Vaccination in Bombay 1913-1923 - 1913-1923
Year: 1913
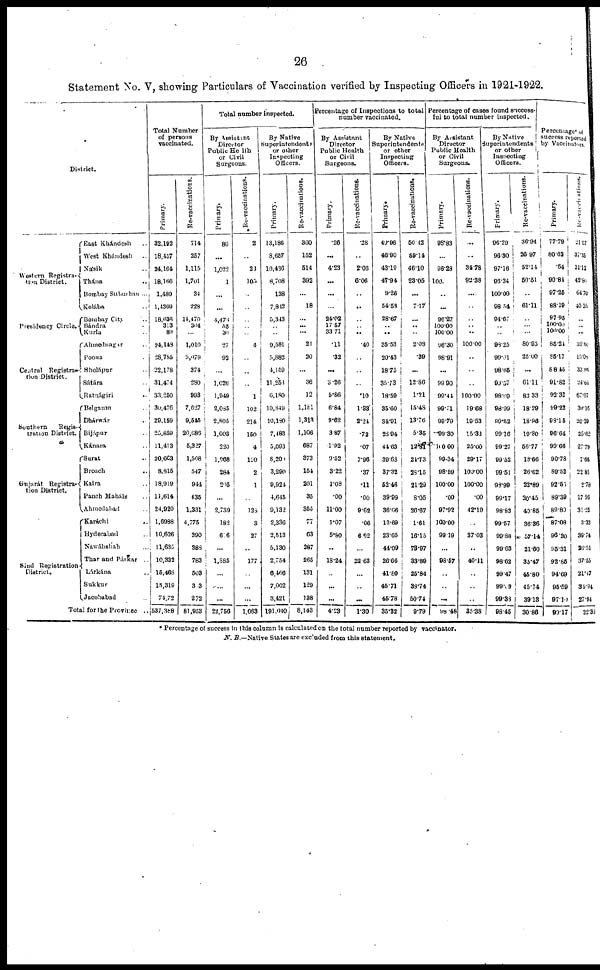
26
Statement No. V, showing Particulars of Vaccination verified by Inspecting Officers in 1921-1922.
District.
Western Registra¬
tion District.
Presidency Circle.
Central Registra¬
tion District.
Southern
Regis-
tration District.
Gujarát Registra¬
tion District.
Sind Registration
District.
East Khándesh ...
West Khándesh ...
Násik ...
Thána ...
Bombay Suburban ...
Kolába ...
Bombay City ...
Bándra ...
Kurla ...
Ahmednagar ...
Poona ...
Sholápur ...
Sátára ...
Ratnágiri
...
Belgaum ...
Dhárwár ...
Bijápur ...
Kánara ...
Surat ...
Broach
...
Kaira ...
Panch Maháls ...
Ahmedabad ...
Karáchi ...
Hyderabad ...
Nawábshah ...
Thar and Párkar ...
Lárkána ...
Sukkur ...
Jacobabad ...
Total for the Province ...
Total Number
of persons
vaccinated.
Primary.
32,192
18,457
24.164
18,166
1,489
1,4369
18,636
313
89
24,148
28,785
22,178
31,474
33,250
30,476
29,159
25,859
11,413
20,663
8,815
18,919
11,614
24,920
1,6988
10,626
11,635
10,333
15,468
15,319
74,72
537,388
Re-vaccinations.
714
257
1,115
1,701
34
228
14,470
304
... 1,010
5,079
374
280
993
7,627
9,545
20,686
5,327
1,508
547
944
435
1,331
4,775
390
388
783
503
303
272
81,953
Total number inspected.
By Assistant
Director
Public He 1th
or Civil
Surgeons.
Primary.
86
...
1,022
1
... ...
4,476
55
30
27
92
...
1,026
1,949
2,085
2,805
1,003
220
1,968
284
205
... 2,739
182
616
...
1,885
...
...
...
22,756
Re-vaccinations.
2
...
23
105
...
...
...
... ... 4
...
...
... 1
102
214
150
4
120
2
1
... 128
3
27
...
177
...
...
...
1,063
By Native
Superintendent
or other
Inspecting
Officers.
Primary.
13,186
8,657
10,466
8,708
138
7,842
5,343
... ...
9,581
5,882
4,150
11,258
6,180
10,849
10,180
7,483
5,093
8,200
3,290
9,924
4,645
9,132
2,336
2,513
5,130
2,754
6,466
7,002
3,421
191,040
Re-vaccinations.
360
152
514
392
... 18
...
...
...
21
20
...
36
12
1,181
1,313
1,106
687
373
154
201
35
353
77
63
287
265
131
129
138
8,143
Percentage of Inspections to total
number vaccinated.
By Assistant
Director
Public Health
or Civil
Surgeons.
Primary.
.26
...
4·23
...
...
... 24.02
17.57
33.71
.11
.32
...
3.26
5·86
6.84
9.62
3.87
1.92
9.52
3.22
1·08
.00
11.00
1·07
5.80
...
18.24
... ...
...
4.23
Re-vaccinations.
.28
...
2.06
6.06
...
...
...
... ... .40
...
...
... .10
1.33
2.24
.72
.07
7·96
.37
.11
.00
9.62
.06
6.92
...
22.63
...
...
...
1.30
By Native
Superintendents
or other
Inspecting
Officers.
Primary.
40.96
46.90
43.19
47.94
9.26
54.58
28.67
... ...
35.53
20.43
18.75
35.73
18.59
35.60
34.91
28.94
44.63
39.68
37.32
52.46
39.99
36.06
13.69
23.65
44.09
26.66
41.80
45.71
45.78
35.32
Re-vaccinations.
50.42
59.14
46.10
23.05
...
7.17
...
... ... 2.08
.39
...
12.86
1.21
15.48
13.76
5.35
12.81
24.73
23.15
21.29
8.05
26.67
1.61
16.15
73.97
33.89
25.84
38.74
50.74
9.79
Percentage of cases found success¬
ful to total number inspected.
By Assistant
Director
Public Health
or Civil
Surgeons.
Primary.
98.83
...
96.28
100.
... ...
96.27
100.00
100.00
96.30
98.91
...
99.90
99.44
99.71
99.79
99.30
100.00
99.34
98.59
100.00
.00
97.92
100.00
99.19
...
98.57
...
... ...
98.48
Re-vaccinations.
...
... 34.78
92.38
...
...
...
... ... 100.00
...
...
... 100.00
19.68
19.53
15.33
25.00
29.17
100.00
100.00
.00
42.19
...
37.03
...
40.11
...
...
...
35.38
By Native
Superintendents
or other
Inspecting
Officers.
Primary.
96.29
96.30
97.16
96.34
100.00
98.54
94.67
... ...
98.25
99.01
98.65
90.57
98.69
98.99
99.52
99.16
99.27
99.52
99.51
98.99
99.17
98.83
99.57
99.88
99.63
98.62
99.47
99.00
99.38
98.45
Re-vaccinations.
36.94
26.97
52.14
50.51
... 61.11
...
... ...
80.95
25.00
...
61.11
83.33
18.29
18.96
19.80
56.77
18.66
26.62
22.89
20.45
40.85
36.36
57.14
21.60
35.47
45.80
45.74
39.13
30.86
Percentage of
success reported
by Vaccinators.
Primary.
77.79
80.62
.64
90.84
97.25
88.19
97.95
100.00
100.00
85.24
85.17
88.45
91.82
92.33
99.22
98.15
96.64
99.66
90.78
89.52
92.55
89.39
89.80
87.08
96.20
95.31
92.85
94.69
95.59
97.10
90.17
Re-vaccinations.
21.57
37.35
31.12
42.86
64.70
40.35
...
... ...
39.60
15.08
33.96
24.64
67.07
30.18
20.29
25.62
27.79
7.66
22.85
2.78
17.96
31.25
3.33
39.74
26.55
37.55
21.47
39.94
27.94
22.30
* Percentage of success in this column is calculated on the total number reported by vaccinator.
N. B.—Native States are excluded from this statement.